Document type: Sale
Year: 1275
Scribe: Salvador de Baiona
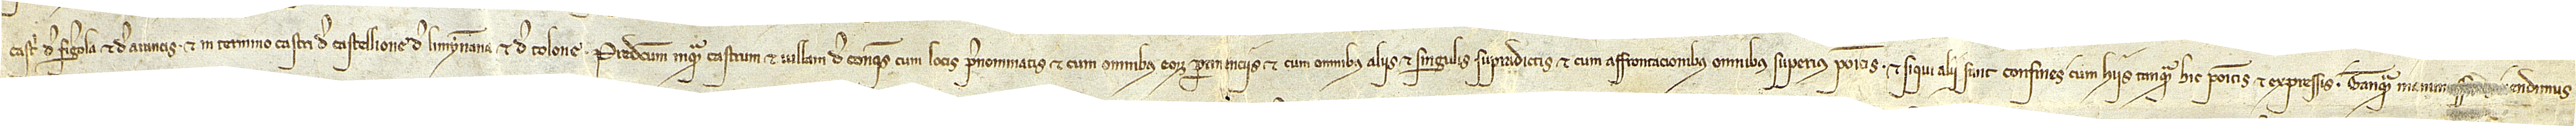
castri de Figerola et de Arancis, et in termino castri de Castellione de Limynnana et de Tolone. Predictum inquam castrum et villam de Conques, cum locis prenominatis, et cum omnibus eorum pertinenciis, et cum omnibus aliis et singulis supradictis, et cum affrontacionibus omnibus superius positis, et siqui alii sunt confines cum hiis tanquam hic positis et expressis, tanquam manu[missores v]endimus,